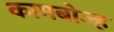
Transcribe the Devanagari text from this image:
कामबोज्ह